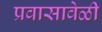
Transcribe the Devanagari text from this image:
प्रवासावेळी